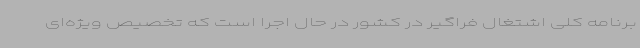
برنامه کلی اشتغال فراگیر در کشور در حال اجرا است که تخصیص ویژه‌ای